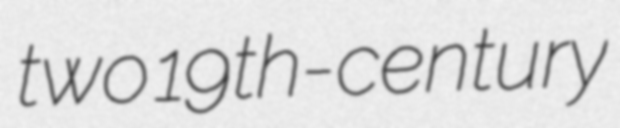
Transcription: two 19th-century